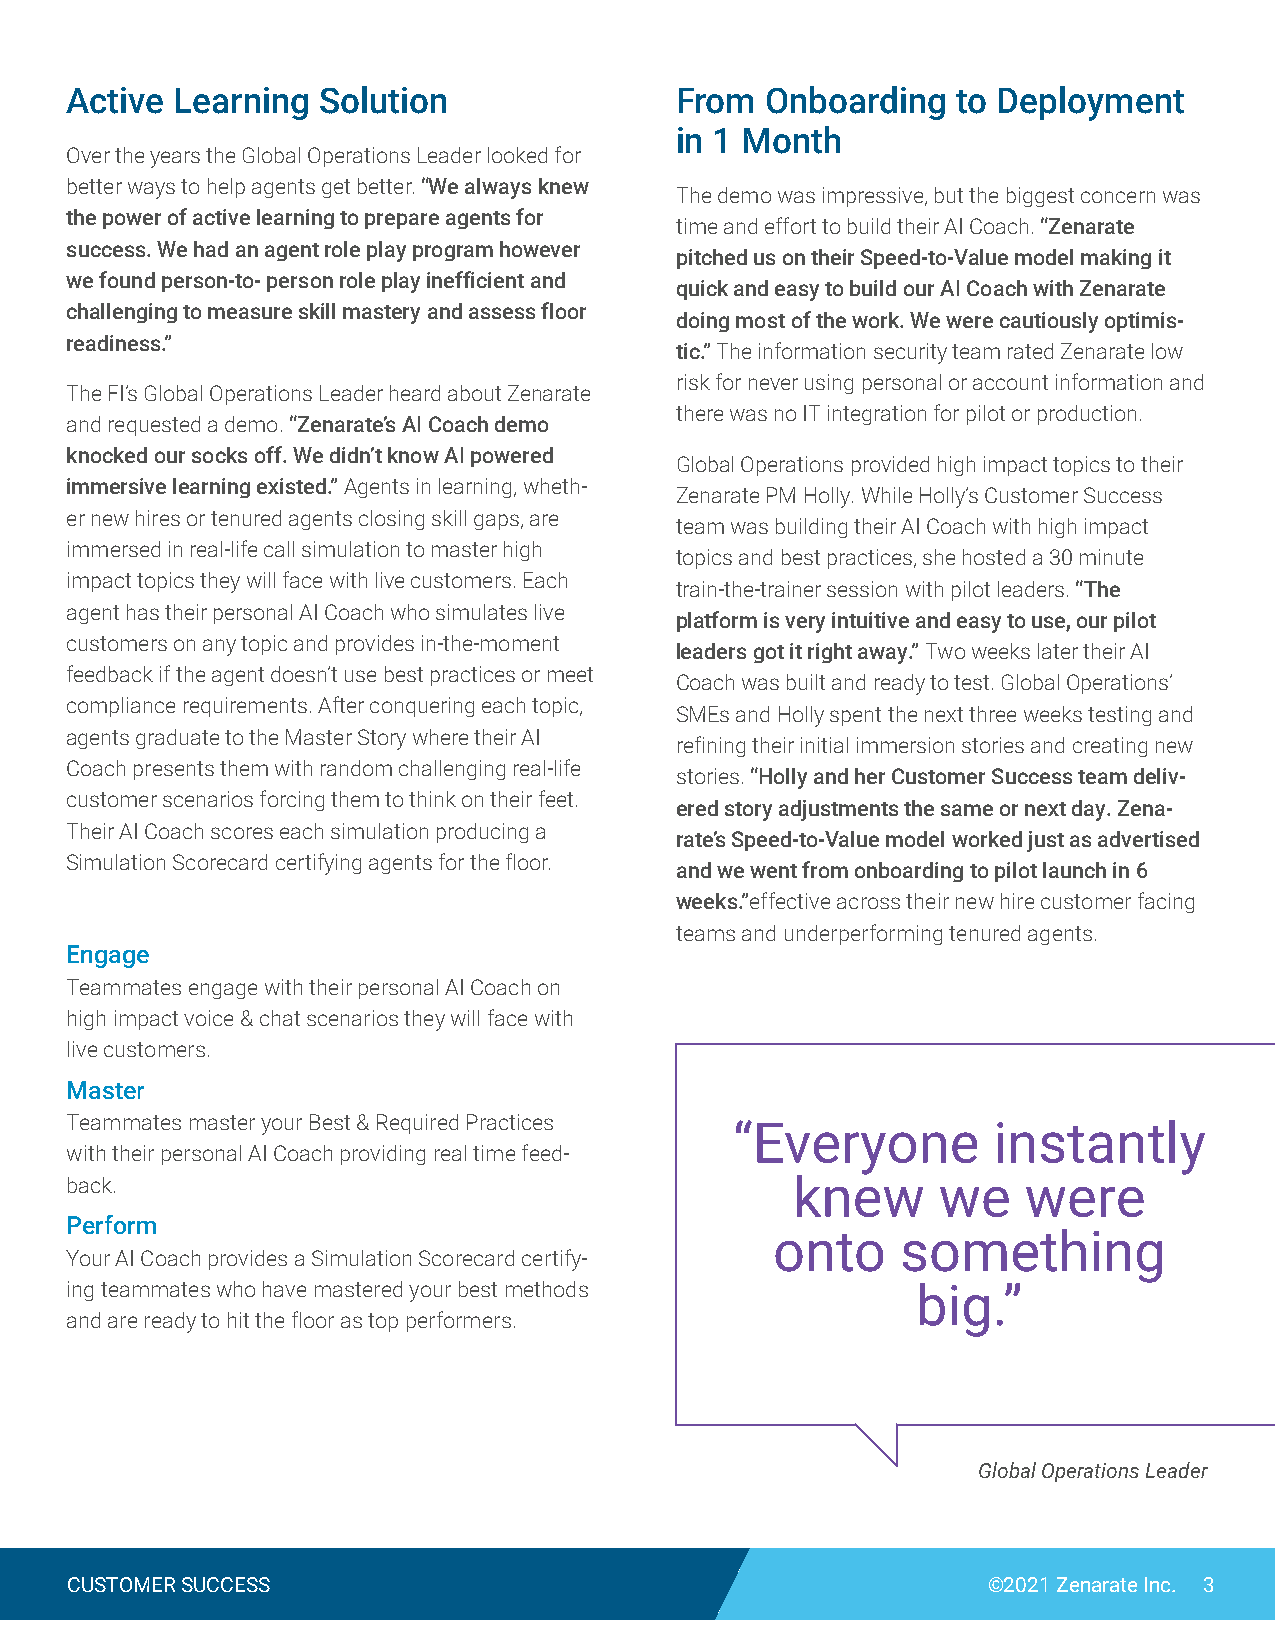
Active Learning  Solution                From  Onboarding  to Deployment
 in 1 Month
 Over the years the Global Operations Leader looked for
 better ways to help agents get better. “We always knew
 The demo was impressive, but the biggest concern was
 the power of active learning to prepare agents for
 time and effort to build their AI Coach. “Zenarate
 success. We had an agent role play program however
 pitched us on their Speed-to-Value model making it
 we found person-to- person role play inefficient and
 quick and easy to build our AI Coach with Zenarate
 challenging to measure skill mastery and assess floor
 doing most of the work. We were cautiously optimis-
 readiness.”
 tic.” The information security team rated Zenarate low
 risk for never using personal or account information and
 The FI’s Global Operations Leader heard about Zenarate
 there was no IT integration for pilot or production.
 and requested a demo. “Zenarate’s AI Coach demo
 knocked our socks off. We didn’t know AI powered
 Global Operations provided high impact topics to their
 immersive learning existed.” Agents in learning, wheth-
 Zenarate PM Holly. While Holly’s Customer Success
 er new hires or tenured agents closing skill gaps, are
 team was building their AI Coach with high impact
 immersed in real-life call simulation to master high
 topics and best practices, she hosted a 30 minute
 impact topics they will face with live customers. Each
 train-the-trainer session with pilot leaders. “The
 agent has their personal AI Coach who simulates live
 platform is very intuitive and easy to use, our pilot
 customers on any topic and provides in-the-moment
 leaders got it right away.” Two weeks later their AI
 feedback if the agent doesn’t use best practices or meet
 Coach was built and ready to test. Global Operations’
 compliance requirements. After conquering each topic,
 SMEs and Holly spent the next three weeks testing and
 agents graduate to the Master Story where their AI
 refining their initial immersion stories and creating new
 Coach presents them with random challenging real-life
 stories. “Holly and her Customer Success team deliv-
 customer scenarios forcing them to think on their feet.
 ered story adjustments the same or next day. Zena-
 Their AI Coach scores each simulation producing a
 rate’s Speed-to-Value model worked just as advertised
 Simulation Scorecard certifying agents for the floor.
 and we went from onboarding to pilot launch in 6
 weeks.”effective across their new hire customer facing
 teams and underperforming tenured agents.
 Engage
 Teammates engage with their personal AI Coach on
 high impact voice & chat scenarios they will face with
 live customers.
 Master
 Teammates master your Best & Required Practices
 “Everyone        instantly
 with their personal AI Coach providing real time feed-
 back.                                            knew     we    were
 Perform
 onto     something
 Your AI Coach provides a Simulation Scorecard certify-
 ing teammates who have mastered your best methods        big.”
 and are ready to hit the floor as top performers.
 Global Operations Leader
 CUSTOMER SUCCESS                                             ©2021 Zenarate Inc. 3